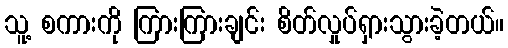
သူ့ စကားကို ကြားကြားချင်း စိတ်လှုပ်ရှားသွားခဲ့တယ်။